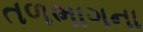
તળભાગના